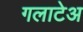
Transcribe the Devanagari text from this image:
गलाटेअ